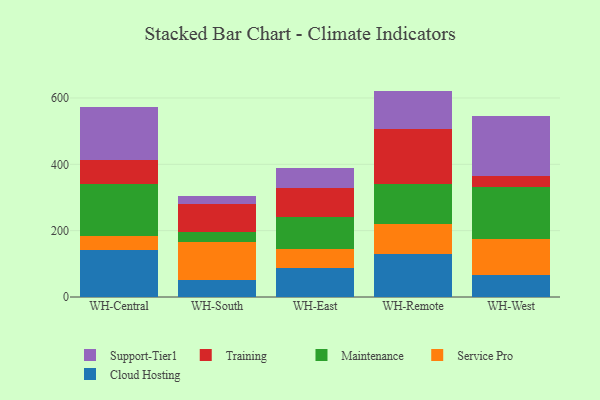
{"axis": {"x": "Warehouse", "y": "Production Output"}, "legend": ["Cloud Hosting", "Maintenance", "Service Pro", "Support-Tier1", "Training"], "data": [{"x": "WH-Central", "y": 142.0, "type": "Cloud Hosting"}, {"x": "WH-Central", "y": 40.9, "type": "Service Pro"}, {"x": "WH-Central", "y": 157.0, "type": "Maintenance"}, {"x": "WH-Central", "y": 72.5, "type": "Training"}, {"x": "WH-Central", "y": 159.7, "type": "Support-Tier1"}, {"x": "WH-South", "y": 49.9, "type": "Cloud Hosting"}, {"x": "WH-South", "y": 115.0, "type": "Service Pro"}, {"x": "WH-South", "y": 31.8, "type": "Maintenance"}, {"x": "WH-South", "y": 82.6, "type": "Training"}, {"x": "WH-South", "y": 23.9, "type": "Support-Tier1"}, {"x": "WH-East", "y": 88.4, "type": "Cloud Hosting"}, {"x": "WH-East", "y": 57.0, "type": "Service Pro"}, {"x": "WH-East", "y": 96.9, "type": "Maintenance"}, {"x": "WH-East", "y": 87.3, "type": "Training"}, {"x": "WH-East", "y": 59.4, "type": "Support-Tier1"}, {"x": "WH-Remote", "y": 129.4, "type": "Cloud Hosting"}, {"x": "WH-Remote", "y": 90.4, "type": "Service Pro"}, {"x": "WH-Remote", "y": 120.4, "type": "Maintenance"}, {"x": "WH-Remote", "y": 165.2, "type": "Training"}, {"x": "WH-Remote", "y": 116.1, "type": "Support-Tier1"}, {"x": "WH-West", "y": 66.8, "type": "Cloud Hosting"}, {"x": "WH-West", "y": 109.5, "type": "Service Pro"}, {"x": "WH-West", "y": 155.8, "type": "Maintenance"}, {"x": "WH-West", "y": 34.2, "type": "Training"}, {"x": "WH-West", "y": 179.3, "type": "Support-Tier1"}]}